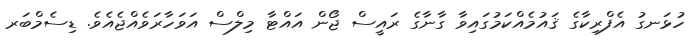
ހުޅަނގު އެފްރިކާގެ ޤައުމެއްކަމުގައިވާ ގާނާގެ ރައީސް ޖޯން އައްޓާ މިލްސް އަވަހާރަވެއްޖެއެވެ. ޑިސެމްބަރ